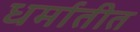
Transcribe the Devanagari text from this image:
धर्मातीत